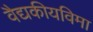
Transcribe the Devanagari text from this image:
वैद्यकीयविमा